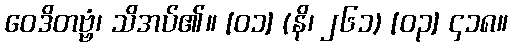
ဝေဒိတဗ္ဗံ၊ သိအပ်၏။ [၀၁] (နိ၊ ၂၆၁) [၀၃] ၄၁၈။